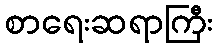
စာရေးဆရာကြီး